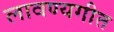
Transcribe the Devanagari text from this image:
लावण्यगीत